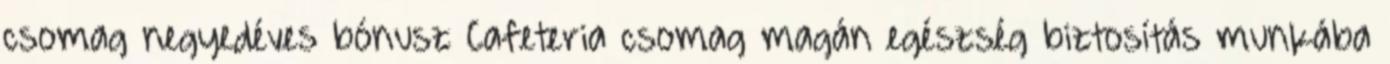
csomag negyedéves bónusz Cafeteria csomag magán egészség biztosítás munkába